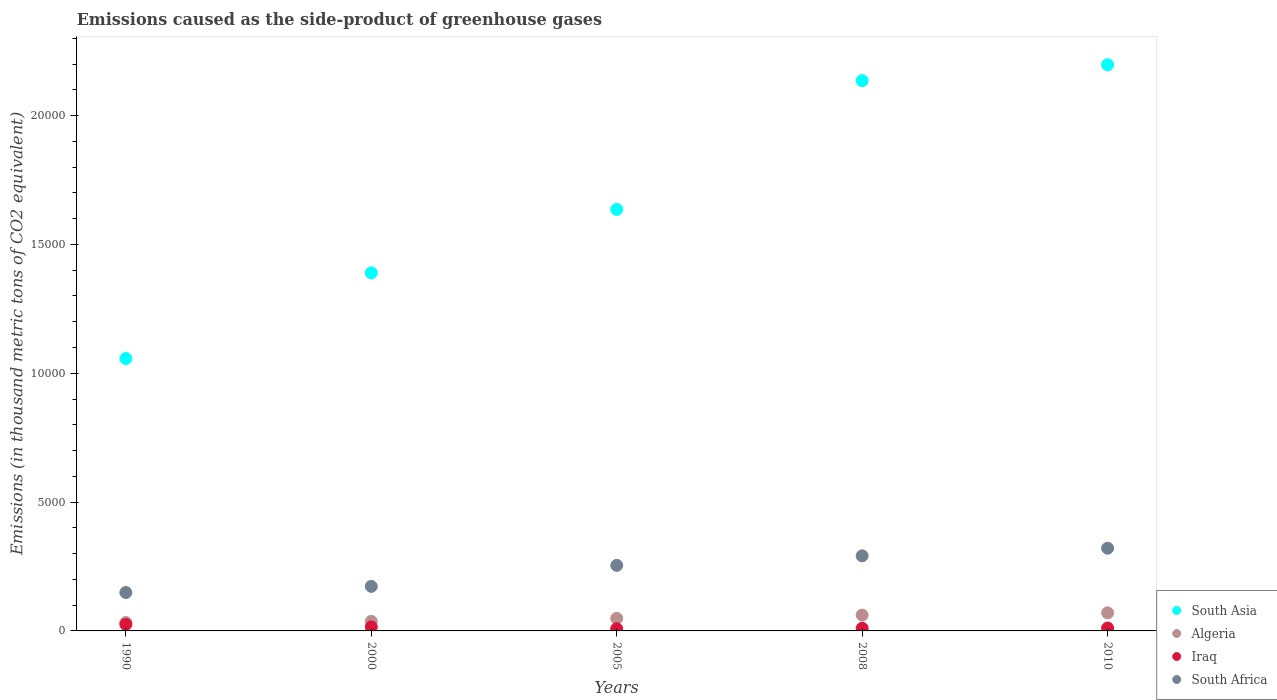
| Years | South Asia | Algeria | Iraq | South Africa |
 | --- | --- | --- | --- | --- |
 | 1990 | 1.06e+04 | 326 | 253 | 1.49e+03 |
 | 2000 | 1.39e+04 | 372 | 156 | 1.73e+03 |
 | 2005 | 1.64e+04 | 487 | 86 | 2.54e+03 |
 | 2008 | 2.14e+04 | 614 | 102 | 2.91e+03 |
 | 2010 | 2.2e+04 | 701 | 112 | 3.21e+03 |